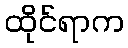
ထိုင်ရာက